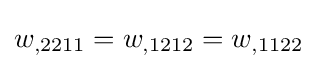
w_{,2211}=w_{,1212}=w_{,1122}